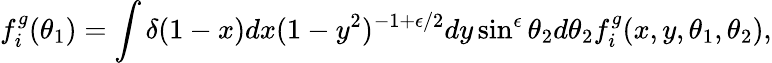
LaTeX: f_{i}^{g}(\theta_{1})=\int\delta(1-x)dx(1-y^{2})^{-1+\epsilon/2}dy\sin^{\epsilon}\theta_{2}d\theta_{2}f_{i}^{g}(x,y,\theta_{1},\theta_{2}),